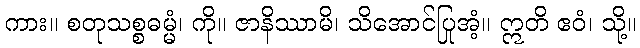
ကား။ စတုသစ္စဓမ္မံ၊ ကို။ ဇာနိဿာမိ၊ သိအောင်ပြုအံ့။ ဣတိ ဧဝံ၊ သို့။